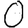
Digit: 0